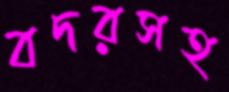
বদরসহ